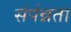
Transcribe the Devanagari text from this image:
संपंन्नता